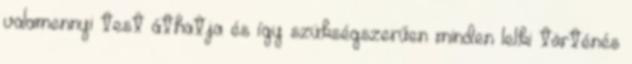
valamennyi test áthatja és így szükségszerűen minden lelki történés